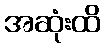
အဆုံးထိ